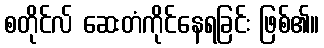
စတိုင်လ် ဆေးတံကိုင်နေရခြင်း ဖြစ်၏။